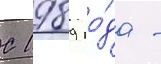
С 1989 го́да -